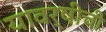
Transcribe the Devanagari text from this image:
यावर्षीची